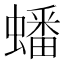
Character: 蟠